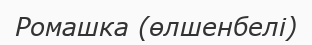
Ромашка (өлшенбелі)